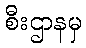
စီးဌာနမှ